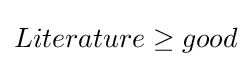
Literature\geq good